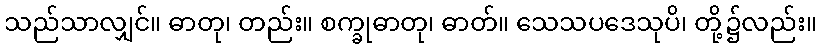
သည်သာလျှင်။ ဓာတု၊ တည်း။ စက္ခုဓာတု၊ ဓာတ်။ သေသပဒေသုပိ၊ တို့၌လည်း။